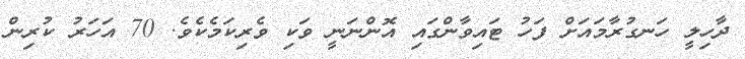
ދާހިލީ ހަނގުރާމައަށް ފަހު ޓައިވާންގައި އޮންނަނީ ވަކި ވެރިކަމެކެވެ. 70 އަހަރު ކުރިން